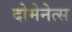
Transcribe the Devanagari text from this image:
दोमेनेत्स